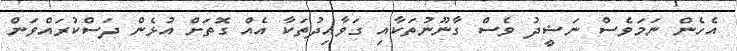
އެހެން ނަމަވެސް ނަޝީދު ވެސް ގާނޫނުތަކާއި ގަވާއިދުތަކާ އެއް ގޮތަށް އުޅެން ދަސްކުރައްވަން